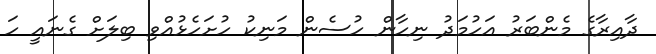
ދާއިރާގެ މެންބަރު އަހުމަދު ނިހާން ހުސެން މަނިކު ހުށަހެޅުއްވި ބިލަށް ގެނައީ ހަ